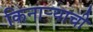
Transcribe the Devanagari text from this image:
किनार्‍याची